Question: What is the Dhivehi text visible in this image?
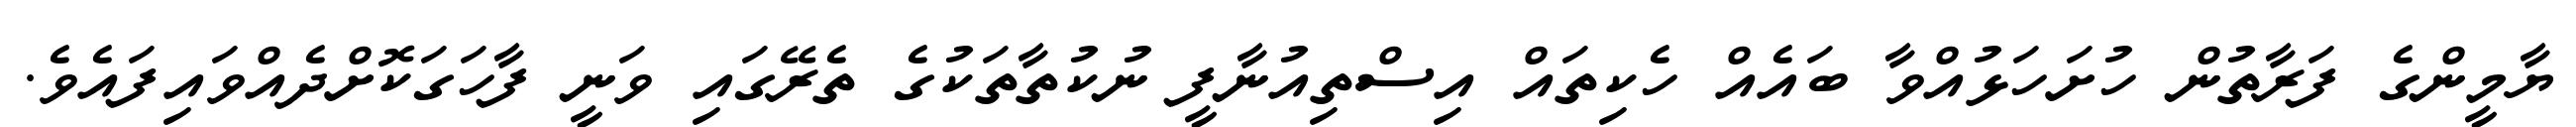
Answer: ޔާމީންގެ ފަރާތުން ހުށަހަޅުއްވާ ބައެއް ހެކިތައް އިސްތިއުނާފީ ނުކުތާތަކުގެ ތެރޭގައި ވަނީ ފާހަގަކޮށްދެއްވައިފައެވެ.